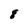
Character: 8